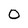
Character: 0